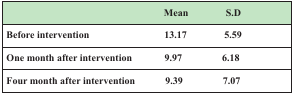
|  | Mean | S.D |
 | --- | --- | --- |
 | Before intervention | 13.17 | 5.59 |
 | One month after intervention | 9.97 | 6.18 |
 | Four month after intervention | 9.39 | 7.07 |